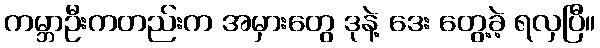
ကမ္ဘာဦးကတည်းက အမှားတွေ ဒုနဲ့ ဒေး တွေ့ခဲ့ ရလှပြီ။